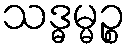
သဒ္ဓမ္မဉ္စ